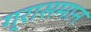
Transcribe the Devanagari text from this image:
ग्रासमान